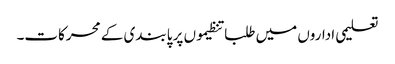
تعلیمی اداروں میں طلبا تنظیموں پر پابندی کے محرکات۔